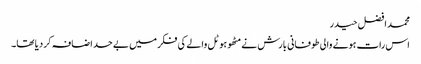
محمد افضل حیدر
اس رات ہونے والی طوفانی بارش نے مٹھو ہوٹل والے کی فکر میں بے حد اضافہ کر دیا تھا۔